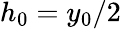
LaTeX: h_{0}=y_{0}/2